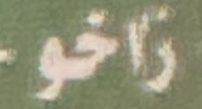
زاخو